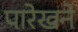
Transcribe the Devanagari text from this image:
पारेखने